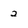
Character: 2